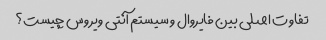
تفاوت اصلی بین فایروال و سیستم آنتی ویروس چیست؟